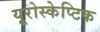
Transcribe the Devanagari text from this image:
यूरोस्केप्टिक